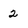
Character: 2